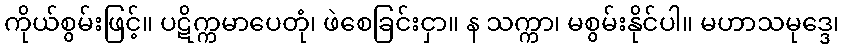
ကိုယ်စွမ်းဖြင့်။ ပဋိက္ကမာပေတုံ၊ ဖဲစေခြင်းငှာ။ န သက္ကာ၊ မစွမ်းနိုင်ပါ။ မဟာသမုဒ္ဒေ၊